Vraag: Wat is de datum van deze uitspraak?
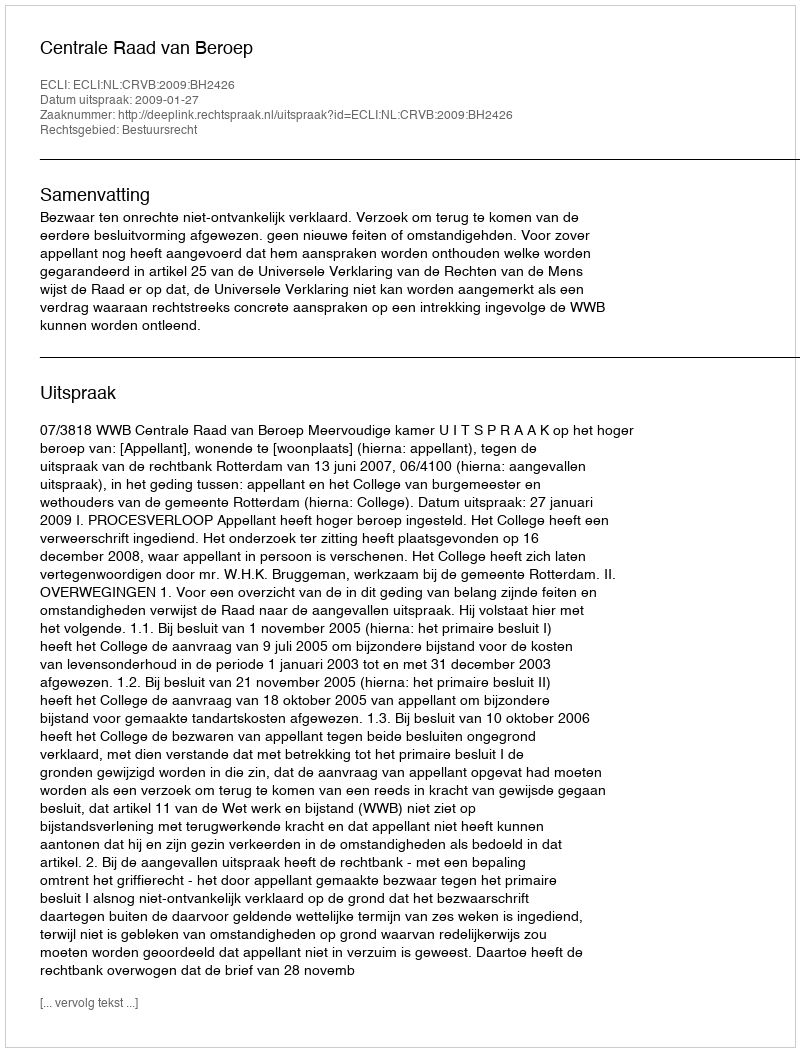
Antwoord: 2009-01-27